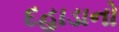
દહાડાનો